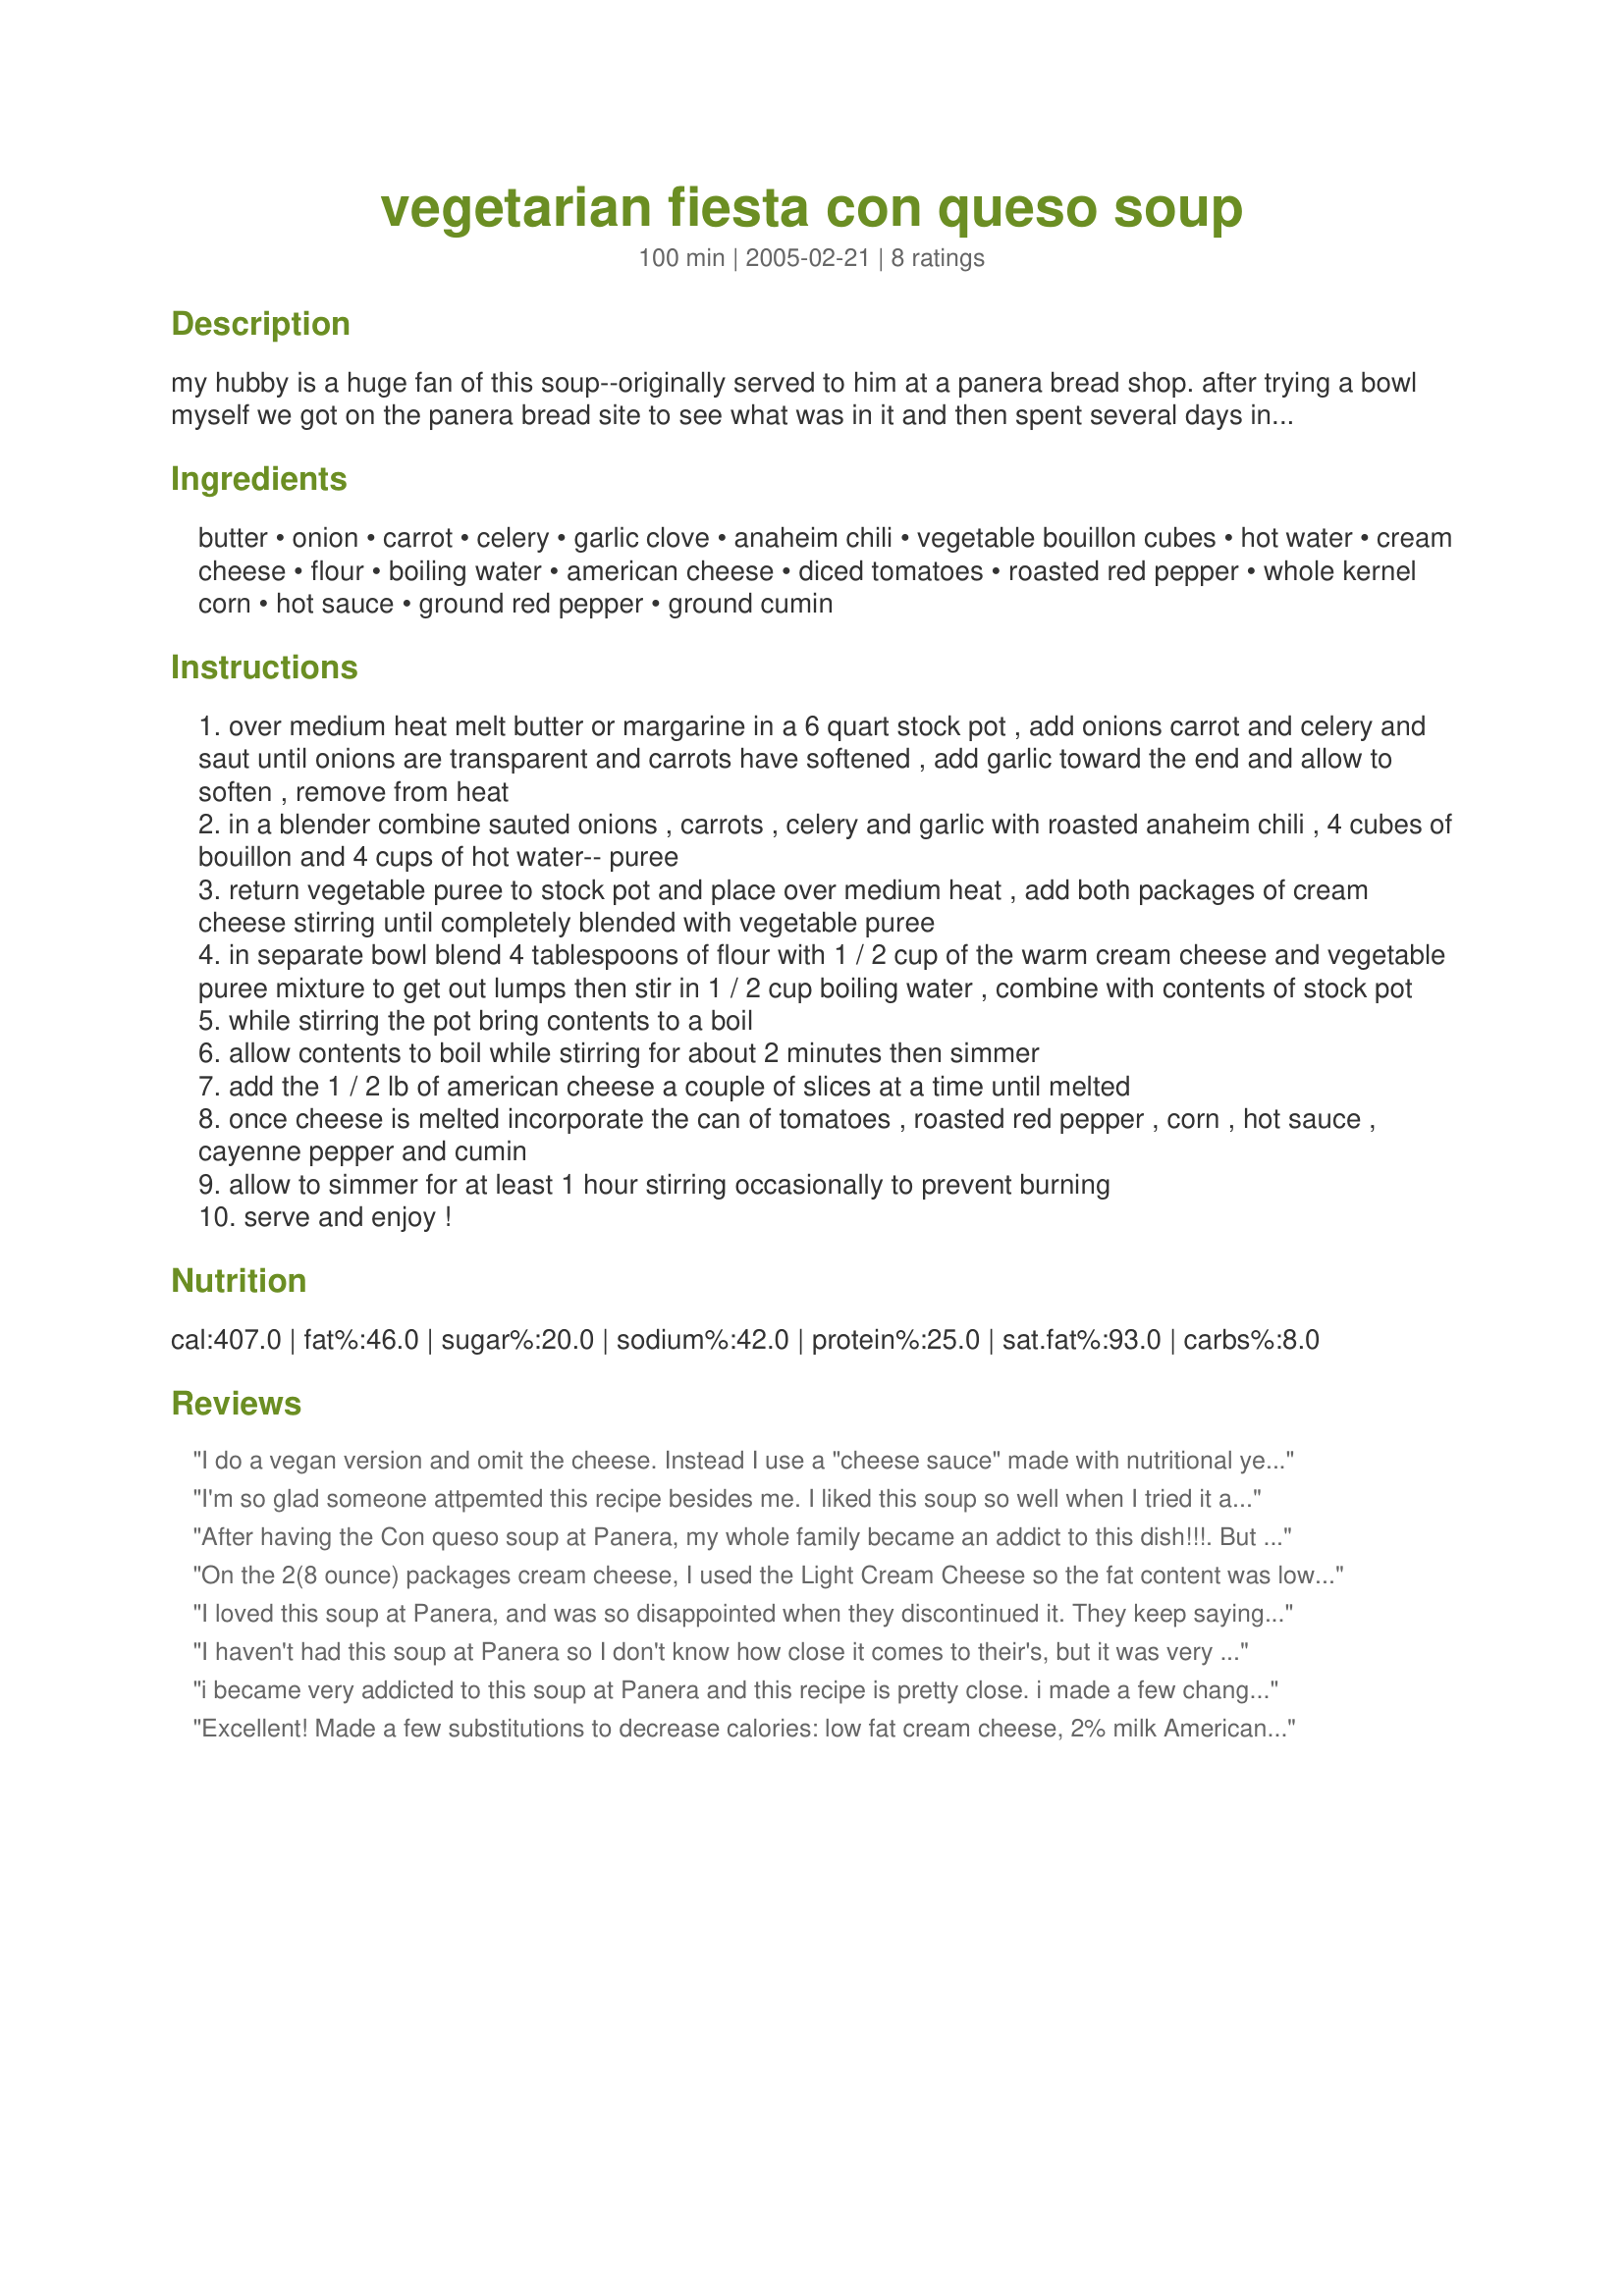
vegetarian fiesta con queso soup
Preparation time: 100 minutes

my hubby is a huge fan of this soup--originally served to him at a panera bread shop. after trying a bowl myself we got on the panera bread site to see what was in it and then spent several days in the kitchen trying to recreate this hearty flavorful soup. after lots of note taking, and a small blender mishap, i think we unlocked the secret of the "soup". note: this is not low fat by any stretch of the imagination. hope you enjoy as much as we do! if you have leftovers it freezes very well and tastes even better once its reheated.

Ingredients:
butter, onion, carrot, celery, garlic clove, anaheim chili, vegetable bouillon cubes, hot water, cream cheese, flour, boiling water, american cheese, diced tomatoes, roasted red pepper, whole kernel corn, hot sauce, ground red pepper, ground cumin

Steps:
over medium heat melt butter or margarine in a 6 quart stock pot , add onions carrot and celery and saut until onions are transparent and carrots have softened , add garlic toward the end and allow to soften , remove from heat
in a blender combine sauted onions , carrots , celery and garlic with roasted anaheim chili , 4 cubes of bouillon and 4 cups of hot water-- puree
return vegetable puree to stock pot and place over medium heat , add both packages of cream cheese stirring until completely blended with vegetable puree
in separate bowl blend 4 tablespoons of flour with 1 / 2 cup of the warm cream cheese and vegetable puree mixture to get out lumps then stir in 1 / 2 cup boiling water , combine with contents of stock pot
while stirring the pot bring contents to a boil
allow contents to boil while stirring for about 2 minutes then simmer
add the 1 / 2 lb of american cheese a couple of slices at a time until melted
once cheese is melted incorporate the can of tomatoes , roasted red pepper , corn , hot sauce , cayenne pepper and cumin
allow to simmer for at least 1 hour stirring occasionally to prevent burning
serve and enjoy !

Reviews:
I do a vegan version and omit the cheese. Instead I use a "cheese sauce" made with nutritional yeast.
I also omit the diced tomatoes and add a can of salsa. Hubby also likes me to add black beans.
Great recipe and easily adaptable to meet your own dietary or taste requirements....I just wish Panera bread would bring this soup back.
I'm so glad someone attpemted this recipe besides me. I liked this soup so well when I tried it at Panera and I did just what h_metts did, only I couldn't get it just right. Thank you so much!
After having the Con queso soup at Panera, my whole family became an addict to this dish!!!. But as its tooooo cheesy i tried a small variation and it was a great way to enjoy the soup without adding on your body mass!!!
Instead of all cheese, i used 5-6 slices of American cheese and substituted the rest of the cheese rteq with some well boiled and mashed "masoor dhal". Masoor dhal is the orange lentil that u can find in most Asian markets, especially Indian. Great in taste and healthy too. Just ensure u dont add way too much lentil to give way to the powdery taste of lentil. just a good measure should do the trick!!! It was a great way to indulge without getting tooo cheesy!!
On the 2(8 ounce) packages cream cheese, I used the Light Cream Cheese so the fat content was lower and the soup was delicious.
I loved this soup at Panera, and was so disappointed when they discontinued it. They keep saying they'll bring it back this winter, but I got tired of waiting and found this recipe and decided to give it a try. Amazing! Thank you, thank you, thank you for sharing this!
I haven't had this soup at Panera so I don't know how close it comes to their's, but it was very good. It is VERY thick and cheesy. I used half the amount of hot sauce because I didn't think that my family would eat it as written. Also, I saved a step by using an immersion blender directly in the soup pot, (no blender to wash)!! I served this topped with coarsely crushed tortilla chips. My family loved this soup. Thank you for sharing.
i became very addicted to this soup at Panera and this recipe is pretty close. i made a few changes though:

-fat free cream cheese
-1 lb of 2% milk velveeta (unlike others, i felt it wasnt cheesy enough as written)
-i omitted the part with the boiling water and the flour...i feel like the soup is thick enough without it
-i used an immersion blender in the pot instead of a regular blender
-i didnt use the hot sauce or the anaheim chile and it was plenty spicy.

also, if i'm in a hurry, i'll microwave the corn before i put it in, to save time. lol i make this a lot. :)
Excellent! Made a few substitutions to decrease calories: low fat cream cheese, 2% milk American cheese and I sauteed the veggies in spray olive oil (just pay close attention to avoid burning...add a little broth or water if needed).
